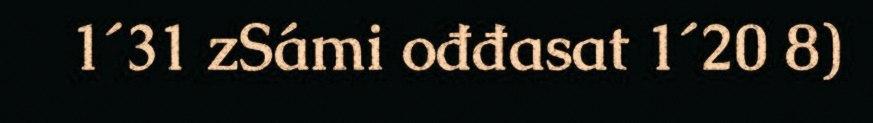
1´31 zSámi ođđasat 1´20 8)